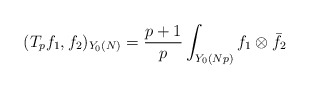
\begin{align*} (T_pf_1,f_2)_{Y_0(N)}=\frac{p+1}{p}\int_{Y_0(Np)} f_1\otimes\bar{f_2} \end{align*}